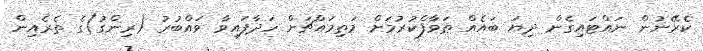
ކެރޭނުން ނައްޓައިގެން ދިޔަ ބައެއް ޠަވާފްކުރުމަށް މަތިމައްޗަށް ހަދާފައިވާ ވައްބުރު (ރިންގު)ގެ ތެރެއިން